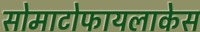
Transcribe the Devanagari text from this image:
सोमाटोफायलाकेस